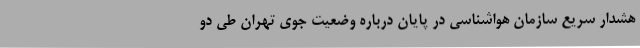
هشدار سریع سازمان هواشناسی در پایان درباره‌ وضعیت جوی تهران طی دو